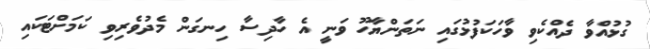
ގުޅުއްވާ ދެއްކެވި ވާހަކަފުޅުގައި ނަތަންޔާހޫ ވަނީ އެ ހާދިސާ ހިނގަން މެދުވެރިވި ކަމަށްޓަކައި